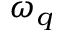
\omega _ { q }